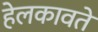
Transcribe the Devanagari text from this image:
हेलकावते